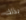
بذلك